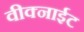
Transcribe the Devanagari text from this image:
वीक्नाईट